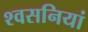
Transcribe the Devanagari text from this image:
श्वसनियां